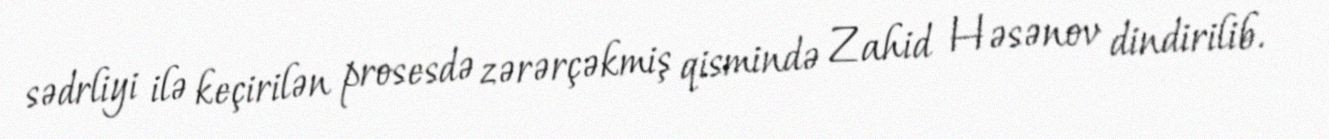
sədrliyi ilə keçirilən prosesdə zərərçəkmiş qismində Zahid Həsənov dindirilib.